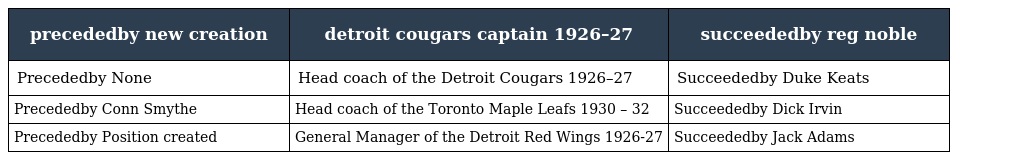
| precededby new creation | detroit cougars captain 1926–27 | succeededby reg noble |
 | --- | --- | --- |
 | Precededby None | Head coach of the Detroit Cougars 1926–27 | Succeededby Duke Keats |
 | Precededby Conn Smythe | Head coach of the Toronto Maple Leafs 1930 – 32 | Succeededby Dick Irvin |
 | Precededby Position created | General Manager of the Detroit Red Wings 1926-27 | Succeededby Jack Adams |